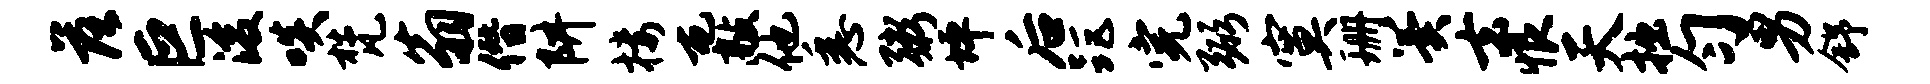
落巨浚啖梵翁僭阱楼屯敲他悉粥坪后距完弼寞珊翼去恨天拙匀男舒